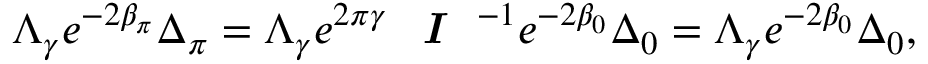
\Lambda _ { \gamma } e ^ { - 2 \beta _ { \pi } } \Delta _ { \pi } = \Lambda _ { \gamma } e ^ { 2 \pi \gamma } \textit { \textbf { I } } ^ { - 1 } e ^ { - 2 \beta _ { 0 } } \Delta _ { 0 } = \Lambda _ { \gamma } e ^ { - 2 \beta _ { 0 } } \Delta _ { 0 } ,